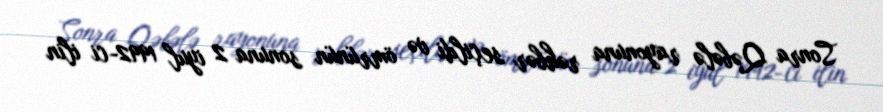
Sonra Qəbələ rayonuna rəhbər seçildi və ömrünün sonuna 2 iyul 1992-ci ilin